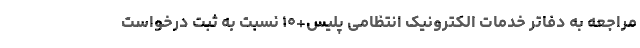
مراجعه به دفاتر خدمات الکترونیک انتظامی پلیس+۱۰ نسبت به ثبت درخواست